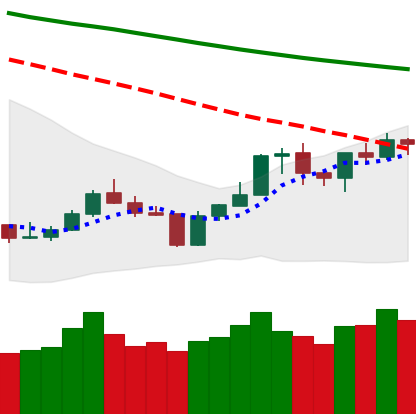
Ticker: BNB-USD
Chart end date: 2020-01-13
Forward return: 17.053%
Label: up_7plus